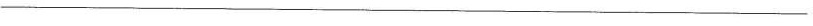
————————————————